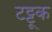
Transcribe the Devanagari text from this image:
टट्टूक